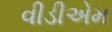
વીડીએમ